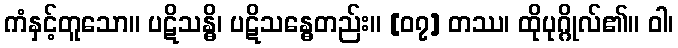
ကံနှင့်တူသော။ ပဋိသန္ဓိ၊ ပဋိသန္ဓေတည်း။ [၀၇] တဿ၊ ထိုပုဂ္ဂိုလ်၏။ ဝါ၊